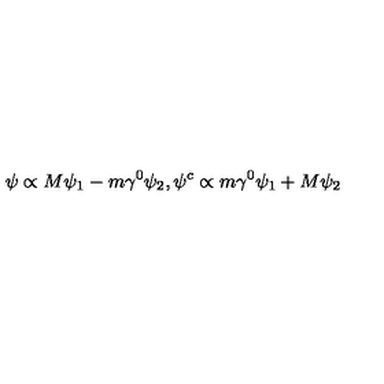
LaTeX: \psi \propto M \psi _ { 1 } - m \gamma ^ { 0 } \psi _ { 2 } , \psi ^ { c } \propto m \gamma ^ { 0 } \psi _ { 1 } + M \psi _ { 2 }